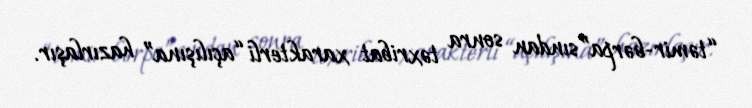
“təmir-bərpa”sından sonra təxribat xarakterli “açılışına” hazırlaşır.